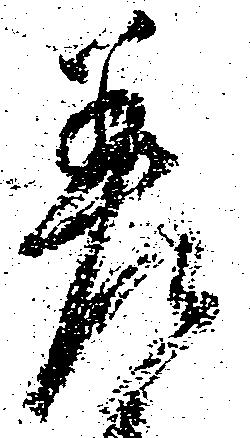
差